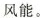
风能。